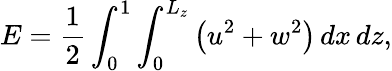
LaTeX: E=\displaystyle\frac{1}{2}\int_{0}^{1}\int_{0}^{L_{z}}\left(u^{2}+w^{2}\right)\, dx\, dz,